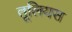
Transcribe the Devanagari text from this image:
तूलियस